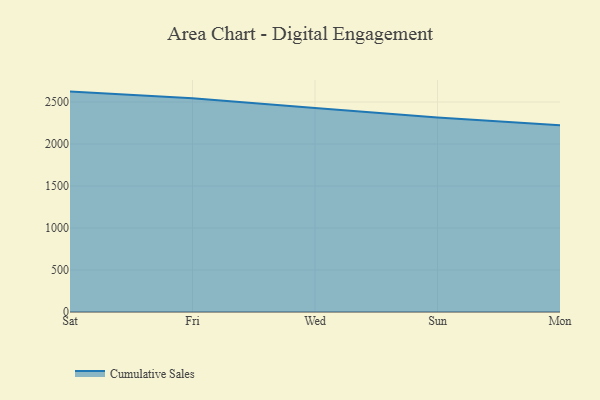
{"axis": {"x": "Day", "y": "Website Visitors"}, "legend": ["Cumulative Sales"], "data": [{"x": "Sat", "y": 2624.0, "type": "Cumulative Sales"}, {"x": "Fri", "y": 2543.8, "type": "Cumulative Sales"}, {"x": "Wed", "y": 2430.1, "type": "Cumulative Sales"}, {"x": "Sun", "y": 2316.5, "type": "Cumulative Sales"}, {"x": "Mon", "y": 2224.5, "type": "Cumulative Sales"}]}